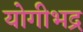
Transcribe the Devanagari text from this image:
योगीभद्र